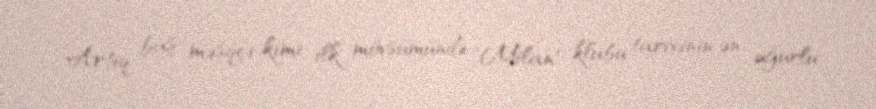
Artıq baş məşqçi kimi ilk mövsümündə "Milan" klubu tarixinin ən uğurlu